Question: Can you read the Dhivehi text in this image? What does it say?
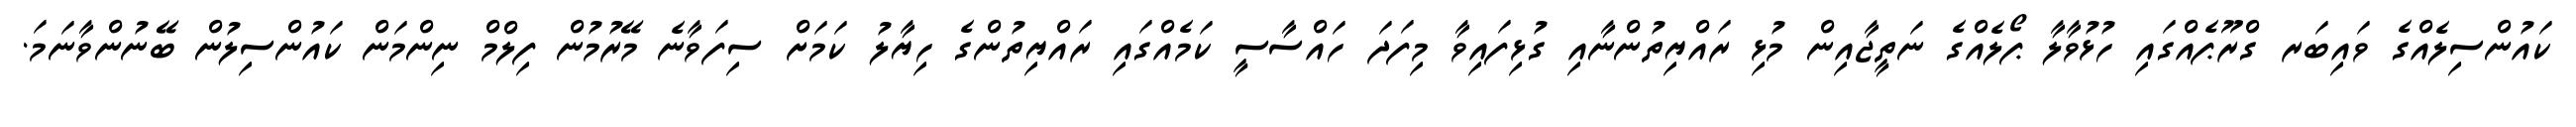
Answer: ކައުންސިލެއްގެ ވައިބަރ ގްރޫޕެއްގައި ހުޅުވާލާ ޕޯލެއްގެ ނަތީޖާއިން މުޅި ރައްޔިތުންނާއި ގުޅިފައިވާ މިފަދަ ހައްސާސީ ކަމެއްގައި ރައްޔިތުންގެ ހިޔާލު ކަމަށް ސިފަވާނެ މޭރުމުން ފިލްމް ނިންމަން ކައުންސިލުން ބޭނުންވާނަމަ.